Civil Veterinary Department Bihar & Orissa reports 1911-21 - 1911-1921
Year: 1911
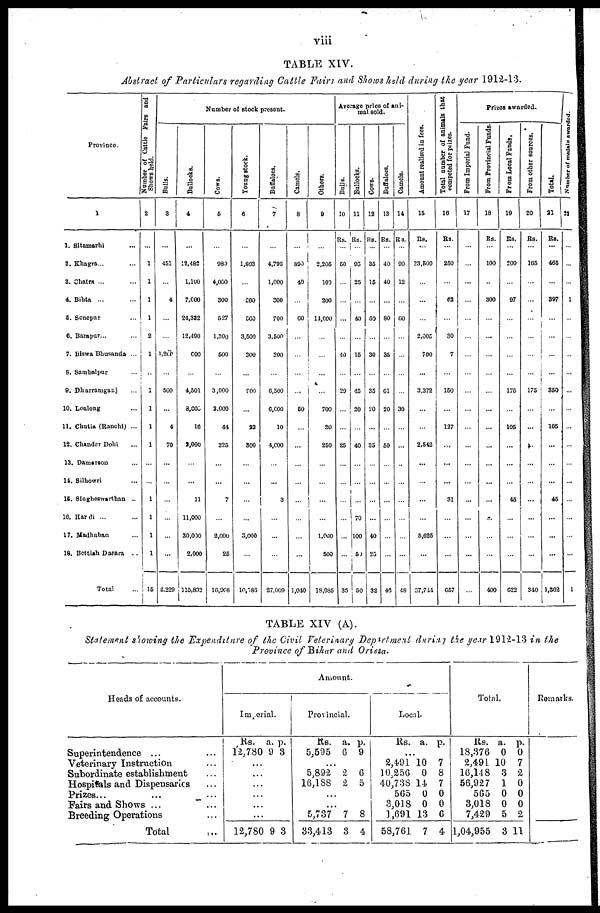
viii
TABLE XIV.
Abstract of Particulars regarding Cattle Fairs and Shows held during the year 1912-13.
Province.
1
1. Sitamarhi ...
2. Khagra... ...
3. Chatra ... ...
4. Bihta ... ...
5. Sonepur ...
6. Barapur... ...
7. Biswa Bhusanda ...
6. Sambalpur ...
9. Dharramganj ...
10. Loalong ...
11. Chutia (Ranchi) ...
12. Chander Dohi ...
13. Damerson ...
14. Silhowri ...
15. Singheswarthan ..
10. Hardi ... ...
17. Madhuban ...
18. Bettiah Dasara ..
Total ...
Number of Cattle Fairs and
Shows held.
2
...
1
1
1
1
2
1
...
1
1
1
1
...
...
1
1
1
1
15
Number of stock present.
Bulls.
3
...
451
...
4
...
...
1,200
...
500
...
4
70
...
...
...
...
...
...
2,229
Bullocks.
4
...
12,482
1,160
7,600
24,382
12,490
600
...
4,501
3,000
10
2,000
...
...
11
11,000
30,000
2,000
115,832
Cows.
6
...
980
4,000
300
527
1,300
600
...
3,000
2,000
44
226
...
...
7
...
2,000
26
18,968
Young
stock.
6
...
1,803
...
200
560
3,500
300
...
800
...
28
300
...
...
...
...
3,000
...
10,583
Buffaloes.
7
...
4,796
1,000
300
700
3,500
200
...
6,500
6,000
10
4,000
...
...
3
...
...
...
27,009
Camels.
8
...
800
40
...
60
...
...
...
...
60
...
...
...
...
...
...
...
...
1,040
Others.
9
...
2,206
100
200
14,000
...
...
...
...
700
30
260
...
...
...
...
1,000
500
18,985
Average price of ani-
mal sold.
Balls.
10
Rs.
...
60
...
...
...
...
40
...
29
...
...
25
...
...
...
...
...
...
35
Bullocks.
11
Rs.
...
95
26
...
40
...
16
...
45
20
...
40
...
...
...
70
100
69
50
Coirs.
12
Rs.
...
36
16
...
50
...
38
...
35
20
...
35
...
...
...
...
40
26
32
Buffaloes.
13
Rs.
...
40
40
...
80
...
35
...
61
20
...
60
...
...
...
...
...
...
40
Camels.
14
Rs.
...
60
12
...
60
...
...
...
...
30
...
...
...
...
...
...
...
...
48
Amount realised in fees.
15
RS.
...
23,600
...
...
...
2,005
700
...
3,372
...
...
2,642
...
...
...
...
5,625
...
37,744
Total number of animals that
competed
for prizes.
16
Rs.
...
260
...
62
...
30
7
...
160
...
137
...
...
...
31
...
...
...
667
Prizes awarded.
From Imperial Fund.
17
...
...
...
...
...
...
...
...
...
...
...
...
...
...
...
...
...
...
...
From Provincial Funds.
18
Rs.
...
100
...
300
...
...
...
...
...
...
...
...
...
...
...
...
...
...
400
From Local Funds.
10
Rs.
...
200
...
67
...
...
...
...
176
...
105
...
...
...
46
...
...
...
022
From other sources.
20
Rs.
...
106
...
...
...
...
...
...
175
...
...
...
...
...
...
...
...
...
310
Total.
21
Rs.
...
465
...
307
...
...
...
...
360
...
105
...
...
...
46
...
...
...
1,362
Number of models awarded.
22
...
...
...
1
...
...
...
...
...
...
...
...
...
...
...
...
...
...
1
TABLE XIV (A).
Statement showing the Expenditure of the Civil Veterinary Department during the year 1912-13 in the
Province of Bihar and Orissa.
Heads of accounts.
Superintendence ... ...
Veterinary Instruction
Subordinate establishment
Hospitals and Dispensaries ...
Prizes...
Fairs and Shows ... ...
Breeding Operations
Total
Amount.
Imperial.
Rs.
12,780
...
...
...
...
12,780
a.
9
9
p.
3
3
Provincial.
Rs.
5,595
5,892
16,188
...
...
5,737
33,413
a.
6
2
2
7
3
p.
9
6
5
8
4
Local.
Rs.
...
2,4,91
10,256
40,738
565
3,018
1,691
58,761
a.
10
0
14
0
0
13
7
p.
7
8
7
0
0
6
4
Total.
Rs.
18,376
2,491
10,14 8
56,927
565
3,018
7,429
1,04,955
a.
0
10
3
1
0
0
5
3
p.
0
7
2
0
0
0
2
11
Remarks.